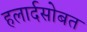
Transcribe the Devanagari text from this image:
हलार्दसोबत